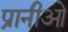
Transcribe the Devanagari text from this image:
प्रानीओ